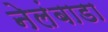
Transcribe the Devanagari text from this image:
नेलंबाडा